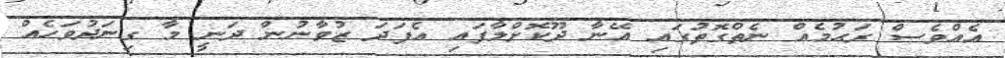
އެއްވެސް ރަޙުމެއް ނެތްގޮތުގައި އޭނާ ދޫކޮށްލާފައި އެފަދަ ޒުވާނުން ދަނީ މާ ގިނަދުވަހެއް